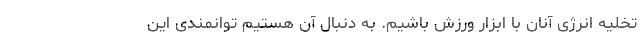
تخلیه انرژی آنان با ابزار ورزش باشیم. به دنبال آن هستیم توانمندی این